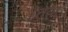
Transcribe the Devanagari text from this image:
।तया